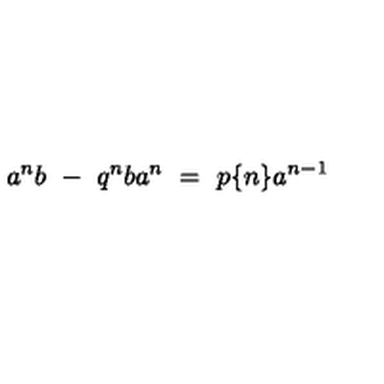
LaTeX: a ^ { n } b \ - \ q ^ { n } b a ^ { n } \ = \ p \{ n \} a ^ { n - 1 }